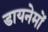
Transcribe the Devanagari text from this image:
डायनेमों